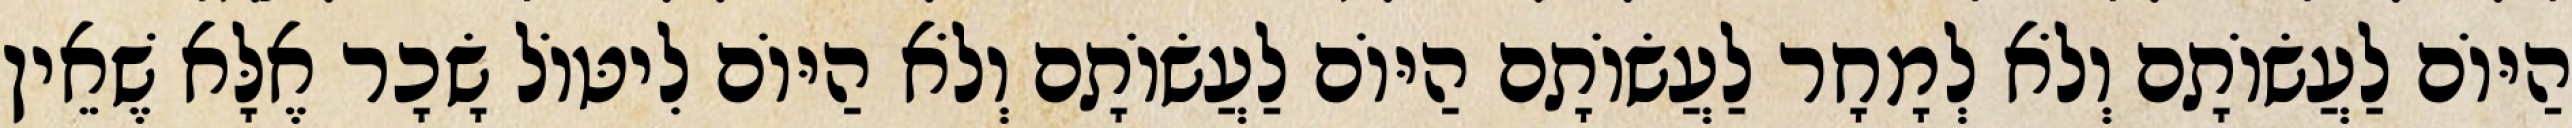
הַיּוֹם לַעֲשׂוֹתָם וְלֹא לְמָחָר לַעֲשׂוֹתָם הַיּוֹם לַעֲשׂוֹתָם וְלֹא הַיּוֹם לִיטּוֹל שָׂכָר אֶלָּא שֶׁאֵין